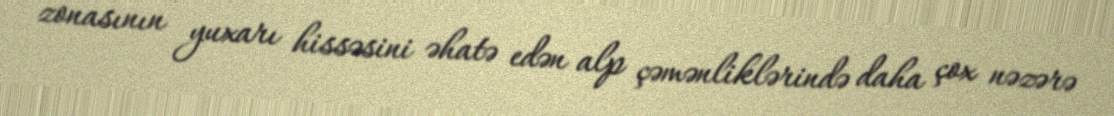
zonasının yuxarı hissəsini əhatə edən alp çəmənliklərində daha çox nəzərə